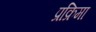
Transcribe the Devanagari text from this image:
प्रक्रिमा